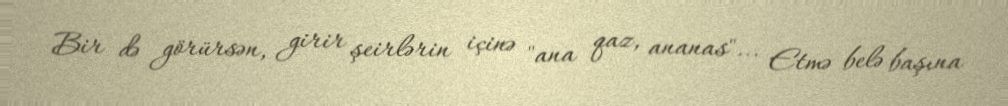
Bir də görürsən, girir şeirlərin içinə "ana qaz, ananas"... Etmə belə başına